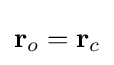
\mathbf {r} _{o}=\mathbf {r} _{c}